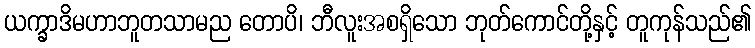
ယက္ခာဒိမဟာဘူတသာမည တောပိ၊ ဘီလူးအစရှိသော ဘုတ်ကောင်တို့နှင့် တူကုန်သည်၏